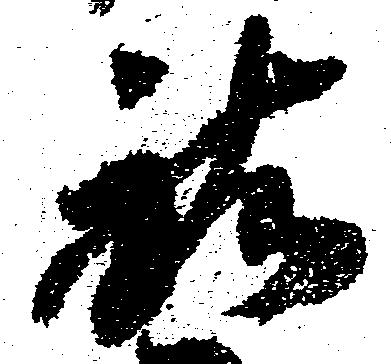
祐